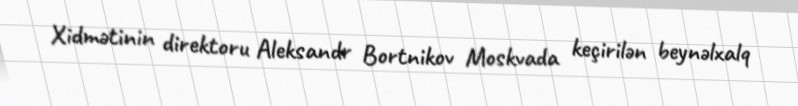
Xidmətinin direktoru Aleksandr Bortnikov Moskvada keçirilən beynəlxalq